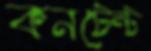
কনটেন্ট